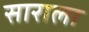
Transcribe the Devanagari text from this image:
साराला